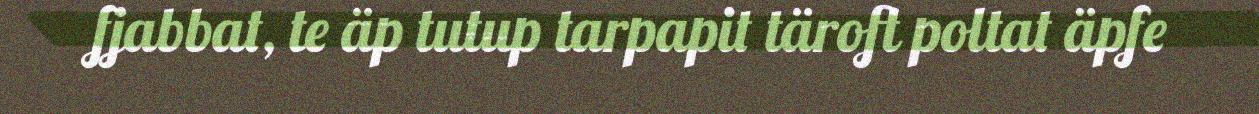
fjabbat, te äp tutup tarpapit täroft poltat äpfe